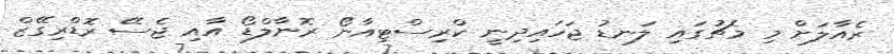
ރެއާލަށް މި މެޗުގައި ލަނޑު ޖަހައިދިނީ ކްރިސްޓިއާނޯ ރޮނާލްޑޯ އާއި ޖެސޭ ރޮޑްރިގޭޒް